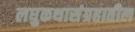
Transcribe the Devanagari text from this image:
लघुकथासंग्रहातील